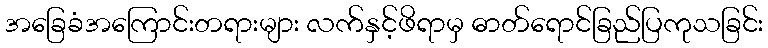
အခြေခံအကြောင်းတရားများ လက်နှင့်ဖိရာမှ ဓာတ်ရောင်ခြည်ပြကုသခြင်း